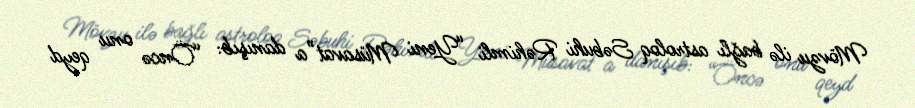
Mövzu ilə bağlı astroloq Səbuhi Rəhimli “Yeni Müsavat”a danışıb: “Öncə onu qeyd